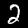
Digit: 2